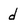
Character: d